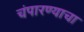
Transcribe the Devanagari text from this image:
चंपारण्याचा